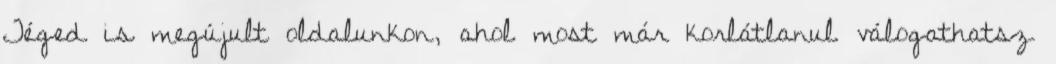
Téged is megújult oldalunkon, ahol most már korlátlanul válogathatsz